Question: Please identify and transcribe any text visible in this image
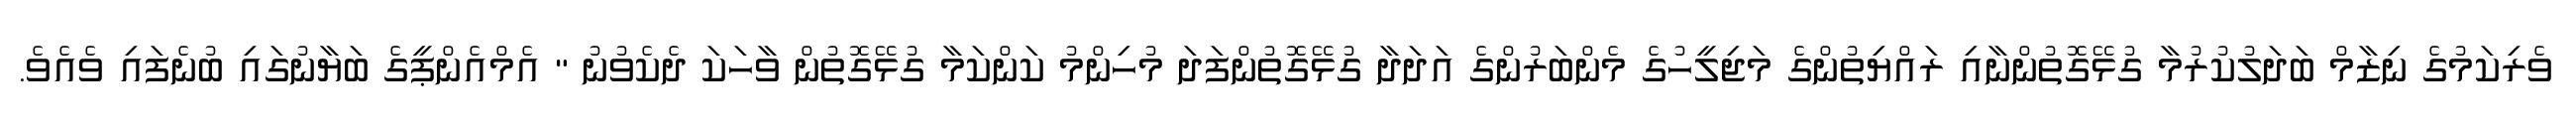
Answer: ވެރިކަމުގެ ނިޒާމް ބަދަލުކުރުމާ ގުޅޭގޮތުންނާއި ރައްޔިތުންގެ މަޖިލީހުގެ މެންބަރުންގެ އަދަދާ ގުޅޭގޮތުންފަދަ މުހިންމު ކަންކަމާ ގުޅޭގޮތުން ވާހަކަ ދެކެވުނު " އެމްއެންޕީގެ ބަޔާނުގައި ބުނެފައި ވެއެވެ.